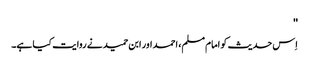
''
اِس حدیث کو امام مسلم، احمد اور ابن حمید نے روایت کیا ہے۔